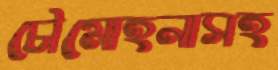
চৌমোহনাসহ